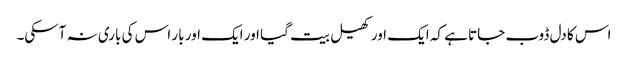
اس کا دل ڈوب جاتا ہے کہ ایک اور کھیل بیت گیا اور ایک اور بار اس کی باری نہ آسکی۔